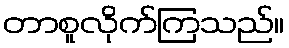
တာစူလိုက်ကြသည်။